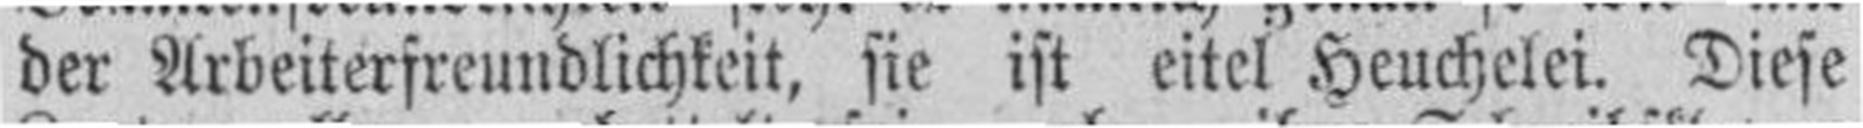
der Arbeiterfreundlichkeit, sie ist eitel Heuchelei. Diese